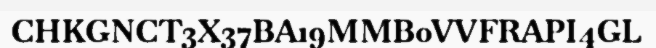
CHKGNCT3X37BA19MMB0VVFRAPI4GL